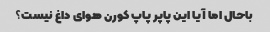
باحال اما آیا این پاپر پاپ کورن هوای داغ نیست؟